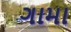
ગામા